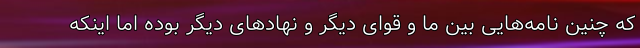
که چنین نامه‌هایی بین ما و قوای دیگر و نهادهای دیگر بوده اما اینکه